Annual report on the working of the mental hospitals in the Madras Presidency - 1912-1932
Year: 1912
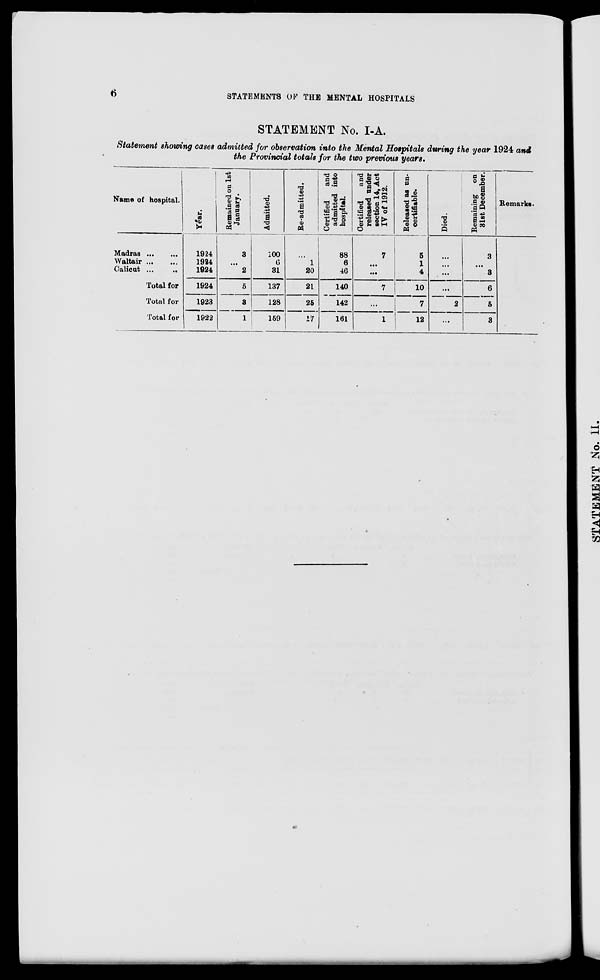
6
STATEMENTS OF THE MENTAL HOSPITALS
STATEMENT No. I-A.
Statement showing cases admitted for observation into the Mental Hospitals during the year 1924 and
the Provincial totals for the two previous years.
Name of hospital.
Madras
...
...
Waltair ... ...
Calicut ...
...
Total for
Total for
Total for
Year.
1924
1924
1924
1924
1923
1922
Remained on 1st
January.
3
...
2
5
3
1
Admitted.
100
6
31
137
128
159
Re-admitted.
...
1
20
21
25
17
Certified
and
admitted into
hospital.
88
6
46
140
142
161
Certified
and
released under
section 14, Act
IV of 1912.
7
...
...
7
...
1
Released as un-
certifiable.
5
1
4
10
7
12
Died.
...
...
...
...
2
...
Remaining on
31st December.
3
...
3
6
5
3
Remarks.